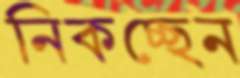
নিকচ্ছেন